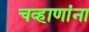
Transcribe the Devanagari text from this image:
चव्हाणांना